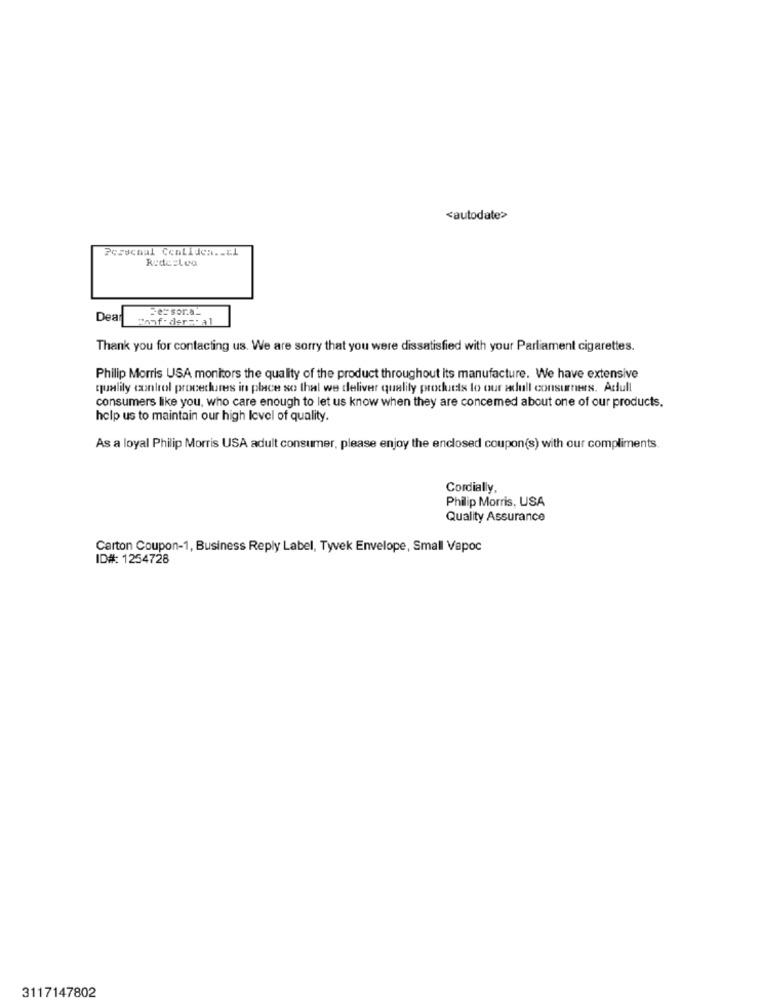
<autodate>
Pcrschal Centidea .- t1
=e= sor.a_
Dea
Panf. der-cal
Thank you for contacting us. We are sorry that you were dissatisfied with your Parliament cigarettes.
Philip Morris USA monitors the quality of the product throughout its manufacture. We have extensive
quality control procechutes in place so that we deliver quality products to our adull consumers. Adull
consumers like you, who care enough to let us know when they are concemed about one of our products.
help us to maintain our high level of quality.
As a loyal Philip Morris USA adult consumer, please enjoy the enclosed coupon(s) with our compliments.
Cordially,
Philip Morris, USA
Quality Assurance
Carton Coupon-1, Business Reply Label, Tyvek Envelope, Small Vapoc
ID#: 1254728
3117147802